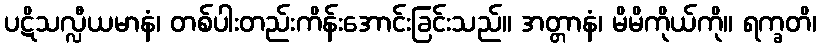
ပဋိသလ္လီယမာနံ၊ တစ်ပါးတည်းကိန်းအောင်းခြင်းသည်။ အတ္တာနံ၊ မိမိကိုယ်ကို။ ရက္ခတိ၊